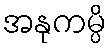
အနုကမ္ပိ